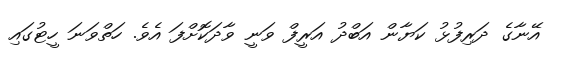
އޭނާގެ ދަރިފުޅު ކަޔާން އަބްދު އަރީފް ވަނީ ވާދަކޮށްފަ އެވެ. ހަތްވަނަ ހީޓުގައި